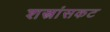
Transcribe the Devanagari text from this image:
शस्त्रांसकट